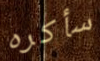
سأكره